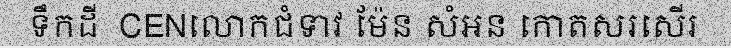
ទឹកដី  CENលោកជំទាវ ម៉ែន សំអន កោតសរសើរ